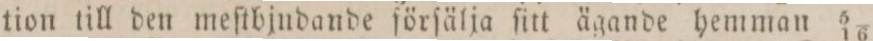
tion till den meſtbjudande förſälja ſitt ägande hemman 5/16